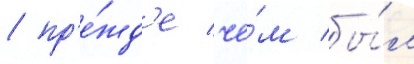
/ пр'е́жд'е че́м бы́л